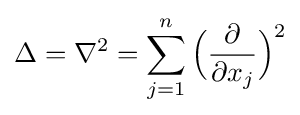
\Delta =\nabla ^{2}=\sum _{j=1}^{n}{\Big (}{\frac {\partial }{\partial x_{j}}}{\Big )}^{2}